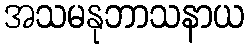
အသမနုဘာသနာယ